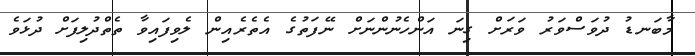
މާބަނޑު ދުވަސްވަރު ވަރަށް ގިނަ އަންހެނުންނަށް ނޭފަތުގެ އެތެރެއިން ލެވިފައިވާ ތެތްދުލިފަށް ދުޅަވެ